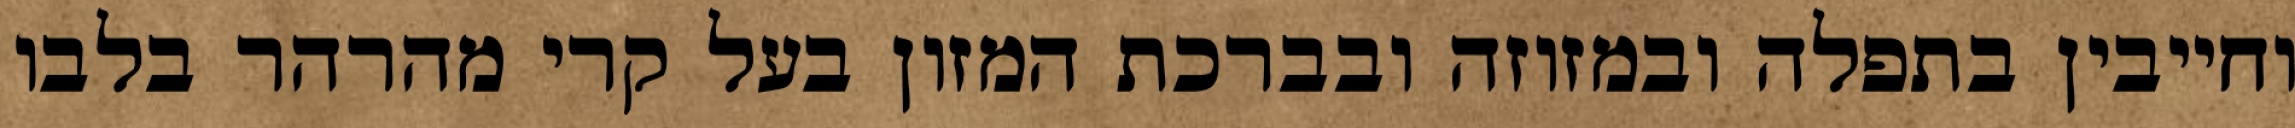
וחייבין בתפלה ובמזוזה ובברכת המזון בעל קרי מהרהר בלבו